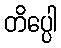
တိပ္ပေါ